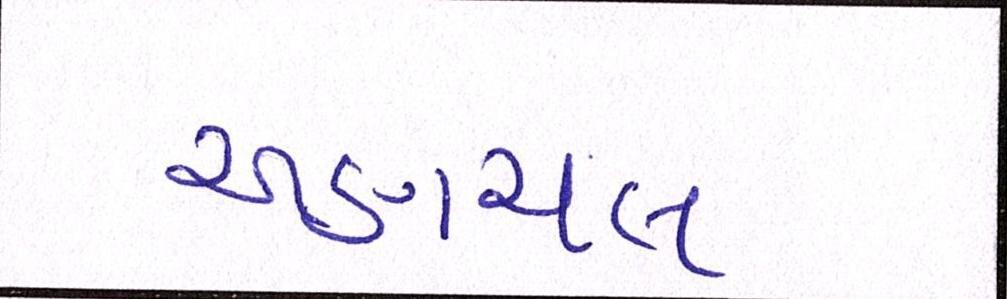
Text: અણાચલ